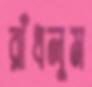
রাঁধলুম